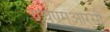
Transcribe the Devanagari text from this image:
एचएमआरसी